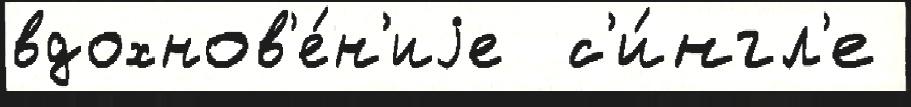
вдохнов'е́н'иjе  с'и́нгл'е